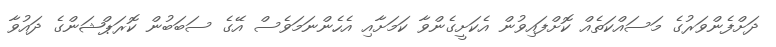
ދަށްފެންވަރުގެ މަސައްކަތެއް ކޮށްފައިވުން އެކަށީގެންވާ ކަމަށާއި އެހެންނަމަވެސް އޭގެ ސަބަބުން ކޮރަޕްޝަންގެ ދައުވާ